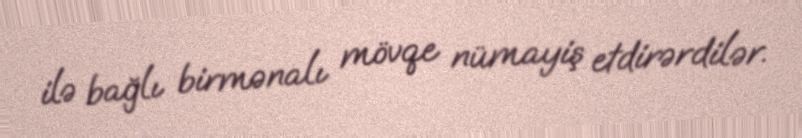
ilə bağlı birmənalı mövqe nümayiş etdirərdilər.